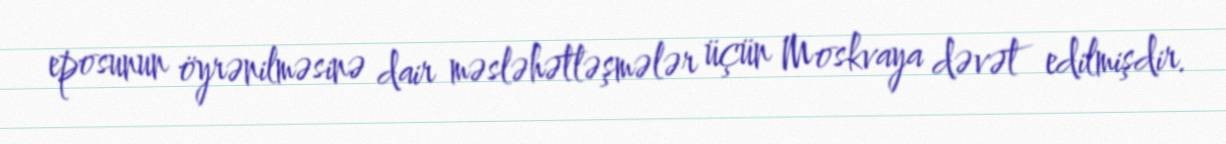
eposunun öyrənilməsinə dair məsləhətləşmələr üçün Moskvaya dəvət edilmişdir.